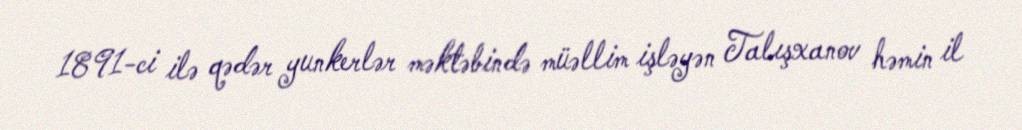
1891-ci ilə qədər yunkerlər məktəbində müəllim işləyən Talışxanov həmin il